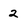
Character: 2